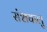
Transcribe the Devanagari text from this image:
संशयालु